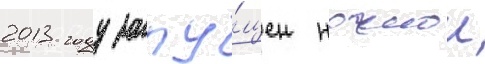
2013 году запу́щен ночнои